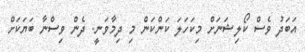
އަބަދު ވެސް ކޯލިޝަނަށް މިކަހަލަ ކަންކަން މި ދިމާވަނީ. ދެން ވިސްނާ ބަޔަކަށް